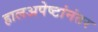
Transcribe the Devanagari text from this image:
हालअपेष्टांनंतर